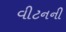
વીટનની